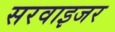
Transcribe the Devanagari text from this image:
सरवाइजर